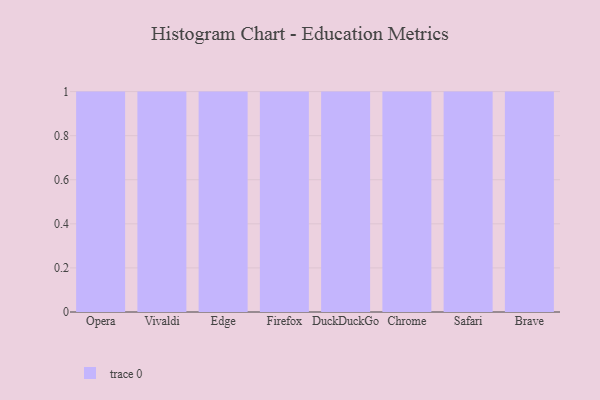
{"axis": {"x": "Browser", "y": "Temperature (°C)"}, "legend": [""], "data": [{"x": "Opera", "y": 46, "type": ""}, {"x": "Vivaldi", "y": 49, "type": ""}, {"x": "Edge", "y": 47, "type": ""}, {"x": "Firefox", "y": 92, "type": ""}, {"x": "DuckDuckGo", "y": 61, "type": ""}, {"x": "Chrome", "y": 87, "type": ""}, {"x": "Safari", "y": 62, "type": ""}, {"x": "Brave", "y": 29, "type": ""}]}